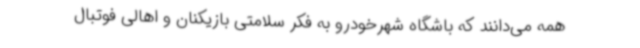
همه می‌دانند که باشگاه شهرخودرو به فکر سلامتی بازیکنان و اهالی فوتبال